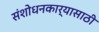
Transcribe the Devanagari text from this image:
संशोधनकार्यासाठी